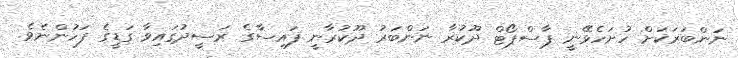
ނަންބަރަކަށް ހުށަހެޅޭނީ ޕާސްޕޯޓް ދޫކުރާ ނަންބަރު ދޫކުރާނީ ފައިސާގެ ރަސީދުގައިވާ ގަޑީގެ ފަހުންނެވެ.